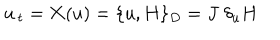
LaTeX: u _ { \, t } = { \bf X } ( u ) = \{ u , H \} _ { D } = J \; \delta _ { u } H